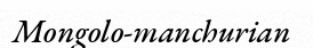
Mongolo-manchurian